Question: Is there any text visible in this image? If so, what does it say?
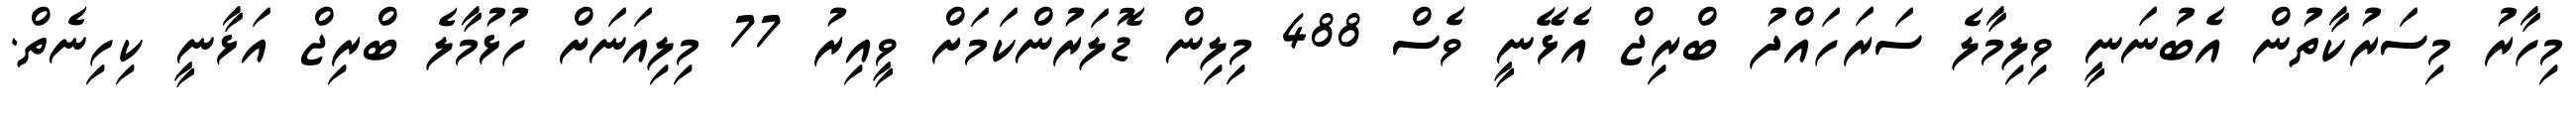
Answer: މިހާރު މިސަރުކާތުން އެބުނަނީ ވިލިމާލެ ސަރަހައްދު ބްރިޖް އެޅޭނީ ވެސް 488 މިލިން ޑޮލަރުންކަމަށް ވީއިރު 77 މިލިއަނަށް ހުޅުމާލެ ބްރިޖް އަޅާނީ ކިހިނެތް.